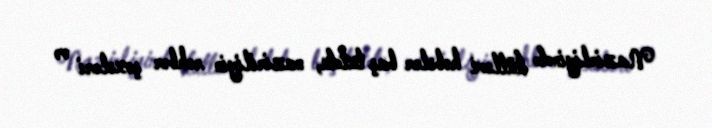
Nazirliyində kütləvi həbslər baş tutdu, naziriliyin rəhbər şəxsləri və